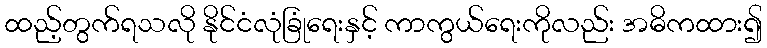
ထည့်တွက်ရသလို နိုင်ငံလုံခြုံရေးနှင့် ကာကွယ်ရေးကိုလည်း အဓိကထား၍